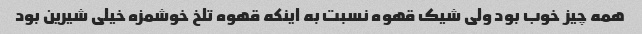
همه چیز خوب بود ولی شیک قهوه نسبت به اینکه قهوه تلخ خوشمزه خیلی شیرین بود